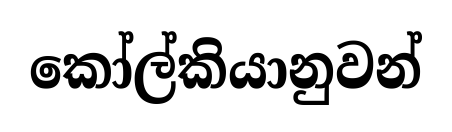
කෝල්කියානුවන්